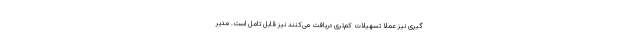
گیری نیز عملا تسهیلات کم‌تری دریافت می‌کنند نیز قابل تامل است. مدیر